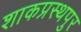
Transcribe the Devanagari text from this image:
शाकप्रस्थपुर